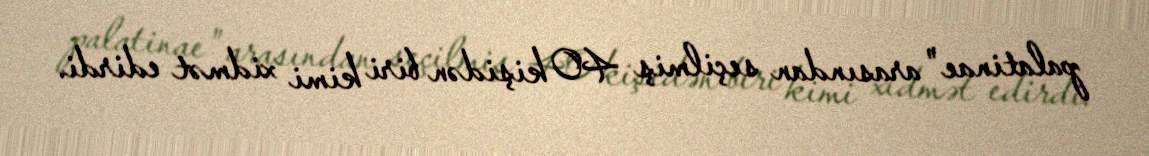
palatinae" arasından seçilmiş 40 kişidən biri kimi xidmət edirdi.